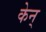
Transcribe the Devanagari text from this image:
केन्